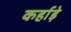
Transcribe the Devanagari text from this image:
कर्हाड़े